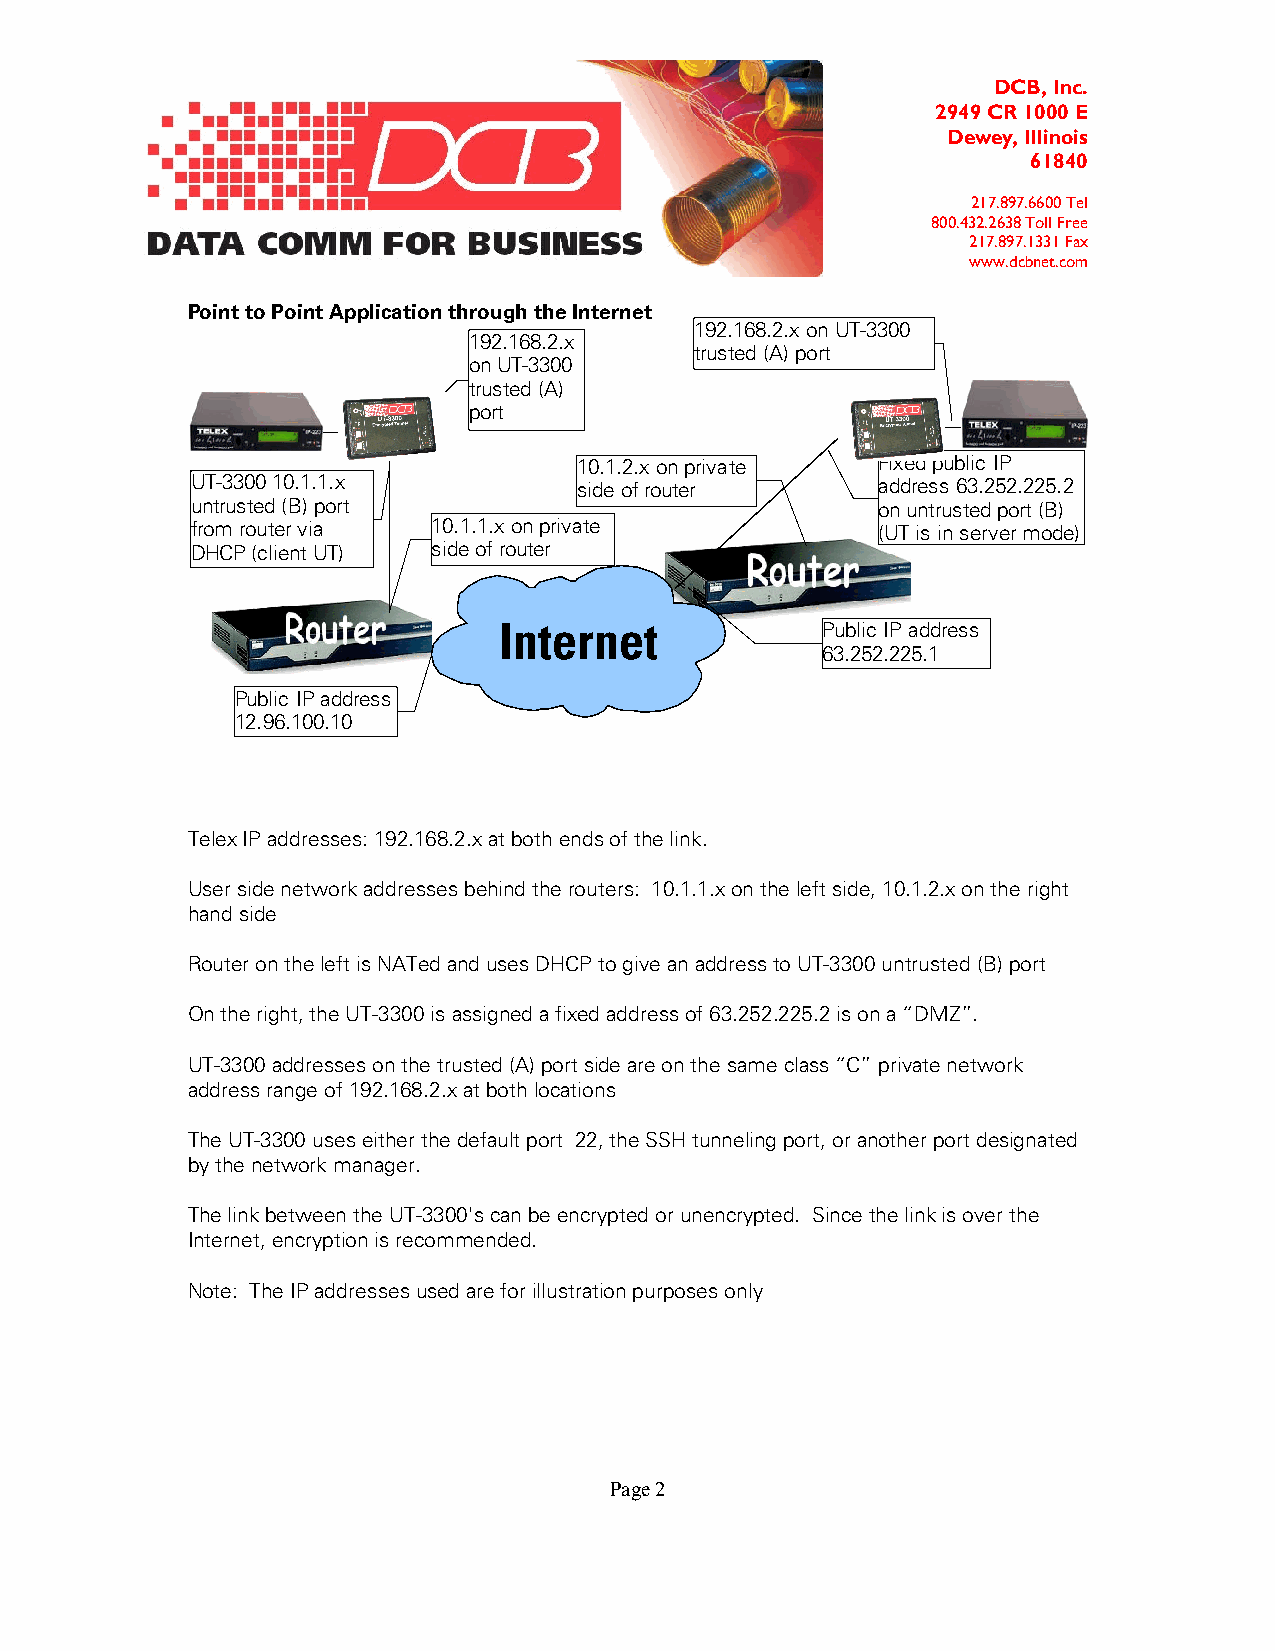
DCB, Inc.
 2949 CR 1000 E
 Dewey, Illinois
 61840
 217.897.6600 Tel
 800.432.2638 Toll Free
 217.897.1331 Fax
 www.dcbnet.com
 Point to Point Application through the Internet
 192.168.2.x on UT-3300
 192.168.2.x
 trusted (A) port
 on UT-3300
 trusted (A)
 port
 10.1.2.x on private Fixed public IP
 UT-3300 10.1.1.x         side of router      address 63.252.225.2
 untrusted (B) port                           on untrusted port (B)
 from router via 10.1.1.x on private          (UT is in server mode)
 DHCP (client UT) side of router
 Internet             Public IP address
 63.252.225.1
 Public IP address
 12.96.100.10
 Telex IP addresses: 192.168.2.x at both ends of the link.
 User side network addresses behind the routers: 10.1.1.x on the left side, 10.1.2.x on the right
 hand side
 Router on the left is NATed and uses DHCP to give an address to UT-3300 untrusted (B) port
 On the right, the UT-3300 is assigned a fixed address of 63.252.225.2 is on a “DMZ”.
 UT-3300 addresses on the trusted (A) port side are on the same class “C” private network
 address range of 192.168.2.x at both locations
 The UT-3300 uses either the default port 22, the SSH tunneling port, or another port designated
 by the network manager.
 The link between the UT-3300's can be encrypted or unencrypted. Since the link is over the
 Internet, encryption is recommended.
 Note: The IP addresses used are for illustration purposes only
 Page 2